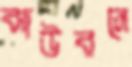
ঝাউবনে